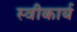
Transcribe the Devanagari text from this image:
स्‍वीकार्य